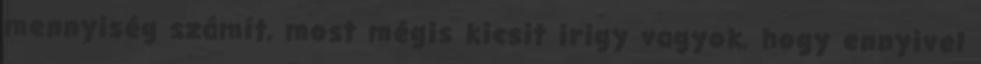
mennyiség számít, most mégis kicsit irigy vagyok, hogy ennyivel